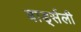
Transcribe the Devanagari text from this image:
बार्ड्सली